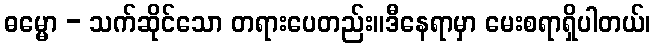
ဓမ္မော - သက်ဆိုင်သော တရားပေတည်း။ဒီနေရာမှာ မေးစရာရှိပါတယ်၊